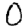
Digit: 0